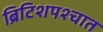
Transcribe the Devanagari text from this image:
ब्रिटिशपश्चात